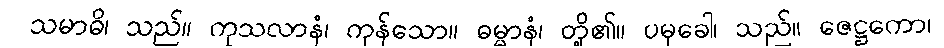
သမာဓိ၊ သည်။ ကုသလာနံ၊ ကုန်သော။ ဓမ္မာနံ၊ တို့၏။ ပမုခေါ၊ သည်။ ဇေဋ္ဌကော၊